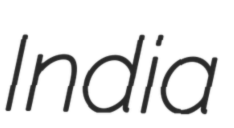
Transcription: India